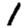
Digit: 1